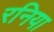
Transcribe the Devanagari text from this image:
रनिया